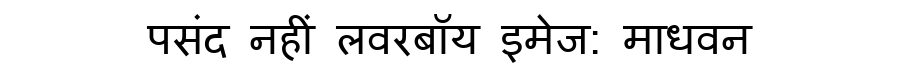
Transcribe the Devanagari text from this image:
पसंद नहीं लवरबॉय इमेज: माधवन